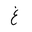
Letter: _gayn